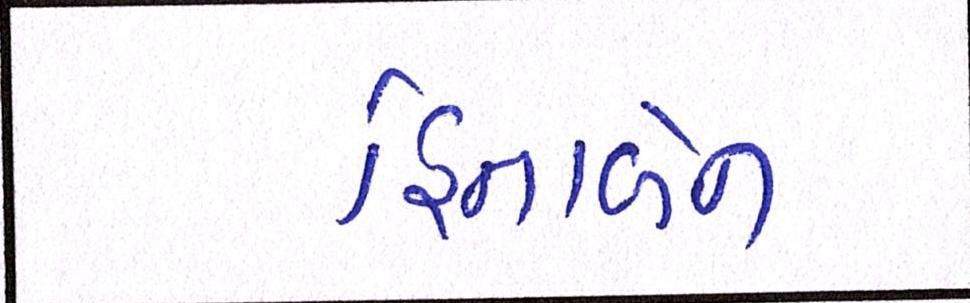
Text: હિનાબેન